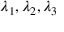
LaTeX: \lambda _ { 1 } , \lambda _ { 2 } , \lambda _ { 3 }